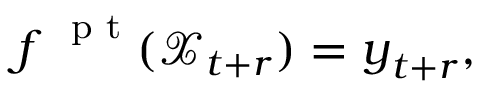
\boldsymbol f ^ { \mathrm { ~ \scriptsize ~ p ~ t ~ } } ( \mathcal X _ { t + r } ) = \boldsymbol y _ { t + r } ,